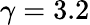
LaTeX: \gamma=3.2